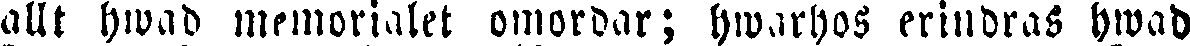
allt hwad memorialet omordar; hwarhos erindras hwad